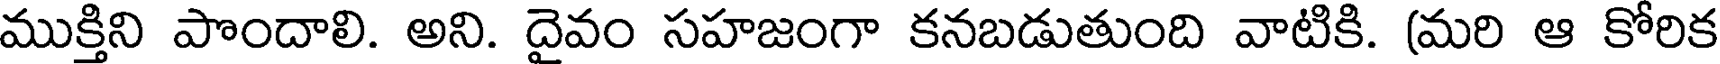
ముక్తిని పొందాలి. అని. దైవం సహజంగా కనబడుతుంది వాటికి. (మరి ఆ కోరిక